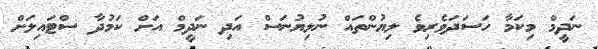
ނަދީމް މިކަމާ ހަސަދަވެރިވެ ލިޔުންތައް ނުލިޔުނަސް އަދި ނަދީމް އަށް ކަމުދާ ސްޓައިލަށް